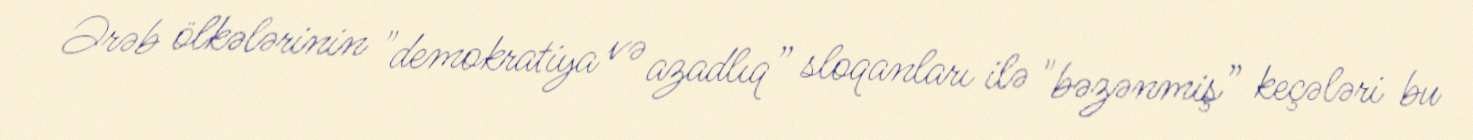
Ərəb ölkələrinin "demokratiya və azadlıq” sloqanları ilə "bəzənmiş” keçələri bu